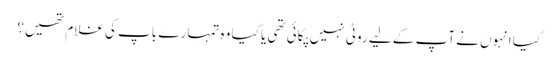
کیا انہوں نے آپ کے لیے روٹی نہیں پکائی تھی یا کیا وہ تمہارے باپ کی غلام تھیں؟